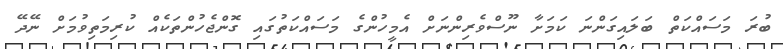
ބުރަ މަސައްކަތް ބަލައިގަންނަ ކަމަށާ ނޫސްވެރިންނަށް އެމީހުންގެ މަސައްކަތުގައި ގޮންޖެހުންތަކެއް ކުރިމަތިވުމަށް ނޭދޭ